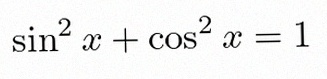
\sin^2x+\cos^2x=1